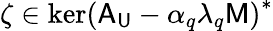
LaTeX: \zeta\in\mathrm{ker}\left(\mathsf{A}_{\mathsf{U}}-\alpha_{q}\lambda_{q}\mathsf{M}\right)^{*}